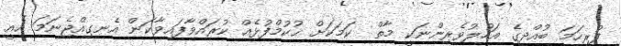
ފުރިހަމަ ބުއްދީގެ އަހުލުވެރިންނަކީ މާތް  ކަމަކަށް ޙުކުމްފުޅެއް ކުރައްވާފައިވާކަން އެނގިއްޖެނަމަ އެއީ